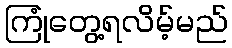
ကြုံတွေ့ရလိမ့်မည်